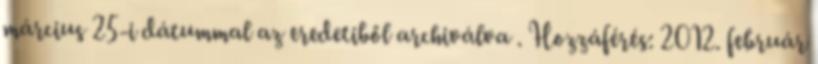
március 25-i dátummal az eredetiből archiválva . Hozzáférés: 2012. február